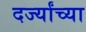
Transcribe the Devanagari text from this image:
दर्ज्यांच्या